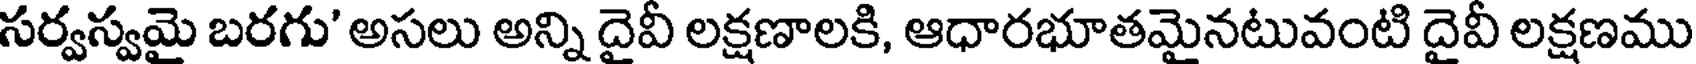
సర్వస్వమై బరగు' అసలు అన్ని దైవీ లక్షణాలకి, ఆధారభూతమైనటువంటి దైవీ లక్షణము